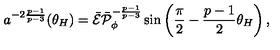
a ^ { - 2 { \frac { p - 1 } { p - 3 } } } ( \theta _ { H } ) = \bar { \cal E } \bar { \cal P } _ { \phi } ^ { - { \frac { p - 1 } { p - 3 } } } \sin \left( { \frac { \pi } { 2 } } - { \frac { p - 1 } { 2 } } \theta _ { H } \right) ,